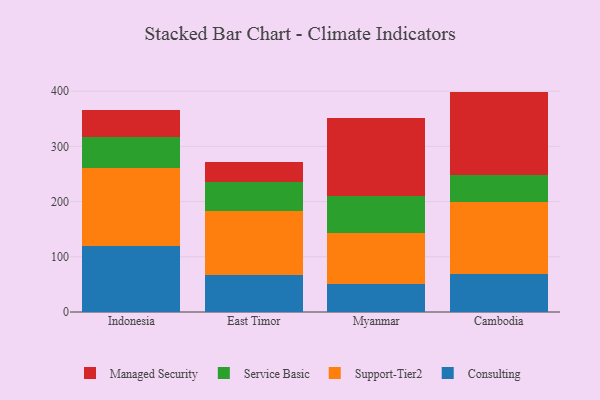
{"axis": {"x": "Country", "y": "Website Visitors"}, "legend": ["Consulting", "Managed Security", "Service Basic", "Support-Tier2"], "data": [{"x": "Indonesia", "y": 120.0, "type": "Consulting"}, {"x": "Indonesia", "y": 140.9, "type": "Support-Tier2"}, {"x": "Indonesia", "y": 55.8, "type": "Service Basic"}, {"x": "Indonesia", "y": 48.8, "type": "Managed Security"}, {"x": "East Timor", "y": 67.8, "type": "Consulting"}, {"x": "East Timor", "y": 115.1, "type": "Support-Tier2"}, {"x": "East Timor", "y": 52.6, "type": "Service Basic"}, {"x": "East Timor", "y": 37.1, "type": "Managed Security"}, {"x": "Myanmar", "y": 50.7, "type": "Consulting"}, {"x": "Myanmar", "y": 93.1, "type": "Support-Tier2"}, {"x": "Myanmar", "y": 65.8, "type": "Service Basic"}, {"x": "Myanmar", "y": 142.6, "type": "Managed Security"}, {"x": "Cambodia", "y": 69.5, "type": "Consulting"}, {"x": "Cambodia", "y": 128.9, "type": "Support-Tier2"}, {"x": "Cambodia", "y": 49.8, "type": "Service Basic"}, {"x": "Cambodia", "y": 151.0, "type": "Managed Security"}]}